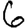
Digit: 6